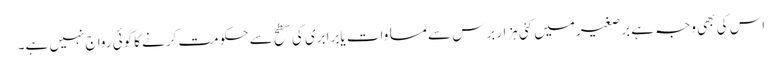
اس کی بھی وجہ ہے برصغیرمیں کئی ہزاربرس سے مساوات یابرابری کی سطح سے حکومت کرنے کاکوئی رواج نہیں ہے۔